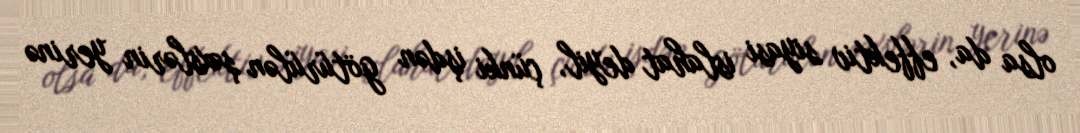
olsa da, effektiv siyasi islahat deyil, çünki işdən götürülən şəxslərin yerinə